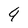
Character: 9